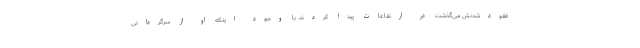
فقودشدنش می‌گذشت در ارتفاعات پیدا کردند. با وجود اینکه او از سرگردانی